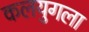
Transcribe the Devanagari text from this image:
कलयुगला